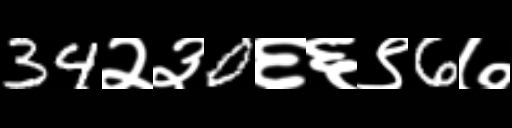
Text: 34२३0६६९6७